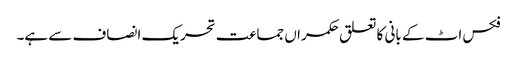
فکس اٹ کے بانی کا تعلق حکمراں جماعت تحریک انصاف سے ہے۔